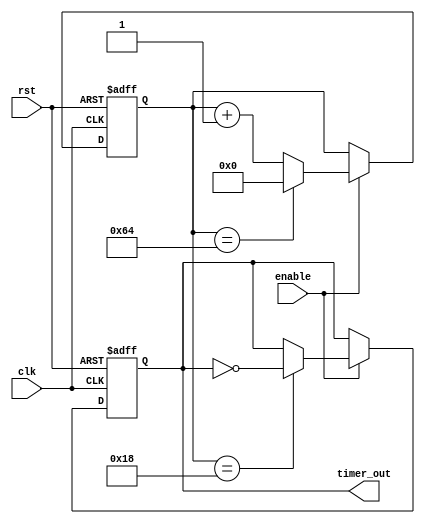
module periodic_timer (
    input wire clk,
    input wire rst,
    input wire enable,
    output reg timer_out
);

parameter START_VALUE = 0;
parameter END_VALUE = 100;
parameter CLOCK_FREQ = 50; // Specify clock frequency in MHz

reg [7:0] counter;

always @(posedge clk or posedge rst) begin
    if (rst) begin
        counter <= START_VALUE;
        timer_out <= 0;
    end else if (enable) begin
        if (counter == END_VALUE) begin
            counter <= START_VALUE;
        end else begin
            counter <= counter + 1;
        end
        if (counter == (CLOCK_FREQ / 2) - 1) begin
            timer_out <= ~timer_out;
        end
    end
end

endmodule